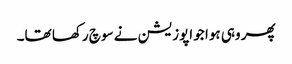
پھر وہی ہوا جو اپوزیشن نے سوچ رکھا تھا۔